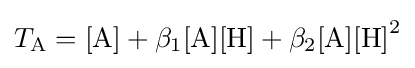
T_{\mathrm {A} }=\mathrm {[A]} +\beta _{1}\mathrm {[A][H]} +\beta _{2}\mathrm {[A][H]} ^{2}